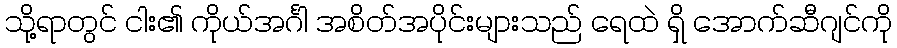
သို့ရာတွင် ငါး၏ ကိုယ်အင်္ဂါ အစိတ်အပိုင်းများသည် ရေထဲ ရှိ အောက်ဆီဂျင်ကို